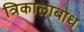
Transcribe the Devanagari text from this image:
त्रिकालाबाध